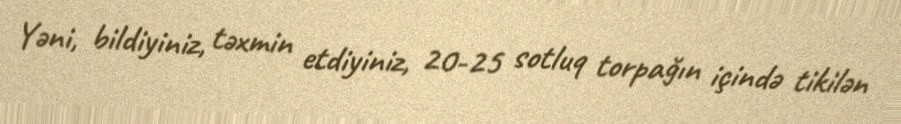
Yəni, bildiyiniz, təxmin etdiyiniz, 20-25 sotluq torpağın içində tikilən